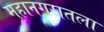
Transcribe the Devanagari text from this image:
महानगरातला